system: You are a helpful assistant.
user:
Analyze the provided spectrum to determine if it is a **S-type Star**.

- **Key Indicators for S-type Star:**

    - **(Overall Spectrum Shape):** The first and most obvious characteristic is the overall continuum (the "baseline" shape). It is **extremely "red-sloping,"** meaning the flux (light intensity) is very low on the left side (blue, ~4000-4500 Å) and rises steeply and continuously toward the right side (red, ~7000 Å+).

    - **(Primary):** The spectrum is defined by the presence of strong, broad molecular absorption "valleys" (bands) from **Zirconium Oxide (ZrO)**. The identification of these bands is the **primary requirement** for classifying a star as S-type.
        - **(Key Bandheads):** You must find distinct, deep "dips" where the light has been absorbed. The most critical band systems to locate are:
            - **~6474 Å** ($\gamma$-system): This is often the strongest and clearest ZrO feature, found in the red part of the spectrum.
            - **~5718 Å** & **~5551 Å** ($\beta$-system): A pair of prominent absorption features in the yellow-orange part of the spectrum.
            - **~4640 Å** ($\alpha$-system): A key absorption band system in the blue-green region of the spectrum.

    - **(Secondary Confirmation):** The classification is strengthened by finding additional absorption bands from other related heavy element oxides, which are expected to be present alongside ZrO.
        - **(Key Bandheads):**
            - **Yttrium Oxide (YO):** Look for absorption dips near **~4800 Å** and **~6100 Å**.
            - **Lanthanum Oxide (LaO):** Additional absorption features, particularly in the red-orange part of the spectrum, are also characteristic.

    - **(Line Profile):** The combination of the steep red continuum and these numerous, deep molecular bands (ZrO, YO, etc.) gives the entire spectrum a very **"chopped-up"** or **"bumpy"** appearance. Instead of a smooth curve, the spectrum looks as though large, wide chunks of light have been "carved out" of it at the specific wavelengths listed above.

Think first, call **spectral_visualization_tool** if needed to examine features in detail, then provide your final answer. Your response must adhere to the following strict rules:
1.  **Overall Structure:** Your response must follow the format `<think>...</think> <tool_call>...</tool_call> (if a tool is used) <answer>...</answer>`.
2.  **Tool Usage Constraint:** You may only make **one** tool call per turn.
3.  **Final Answer Format:** In the `<answer>` tag, your conclusion must be inside a `\boxed{}` command (e.g., `\boxed{YES}` or `\boxed{NO}`), followed by your justification.

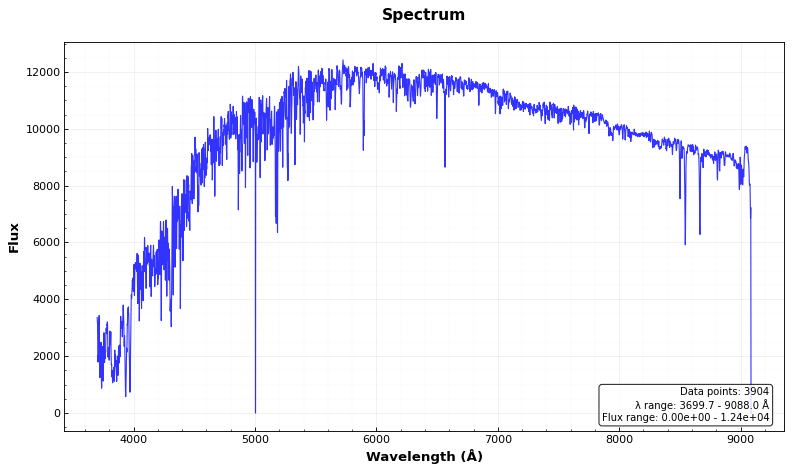
Answer: NO